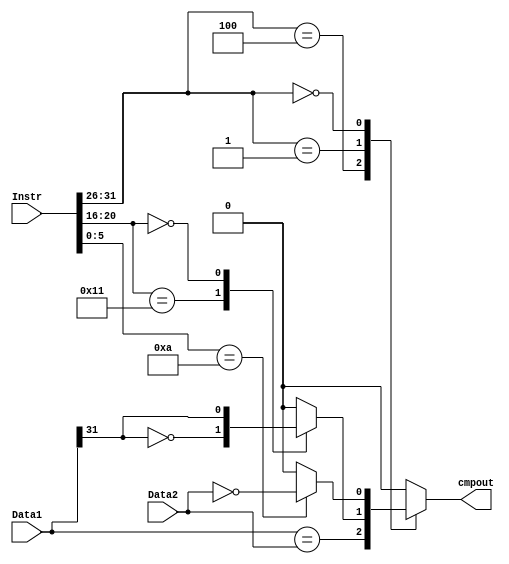
`timescale 1ns / 1ps
`define special 6'b000000
`define addu 	 6'b100001
`define subu    6'b100011
`define ori     6'b001101
`define lw      6'b100011
`define sw      6'b101011
`define beq     6'b000100
`define lui     6'b001111
`define nop     6'b000000
`define j       6'b000010
`define jal     6'b000011
`define jr      6'b001000
`define sll     6'b000000
`define jalr    6'b001001
`define lb      6'b100000
`define sb      6'b101000
`define regimm  6'b000001
`define bgezal  5'b10001
`define bltz    5'b00000
`define movz    6'b001010

//////////////////////////////////////////////////////////////////////////////////
// Company: 
// Engineer: 
// 
// Design Name: 
// Module Name:    cmp 
// Project Name: 
// Target Devices: 
// Tool versions: 
// Description: 
//
// Dependencies: 
//
// Revision: 
// Revision 0.01 - File Created
// Additional Comments: 
//
//////////////////////////////////////////////////////////////////////////////////
module cmp(
    input [31:0] Instr,
    input [31:0] Data1,
    input [31:0] Data2,
    output reg cmpout
    );
	 wire [5:0]op;
	 assign op = Instr[31:26];
	 always @(*) begin 
		case(op)
			`beq: cmpout <= Data1==Data2; ///=
			`regimm: begin
				case(Instr[20:16])
					`bgezal: cmpout <= Data1[31]==1'b0;
					`bltz: cmpout <= Data1[31]==1'b1;
					default: cmpout <=0;
				endcase
			end
			`special:begin
				case(Instr[5:0])
					`movz: cmpout <= Data2==32'b0;
					default: cmpout <= 0;
				endcase
			end
			default: cmpout <= 0;
		endcase
	 end	
	 

endmodule